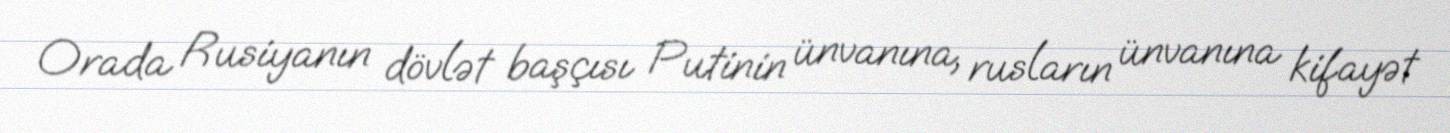
Orada Rusiyanın dövlət başçısı Putinin ünvanına, rusların ünvanına kifayət